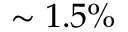
\sim 1 . 5 \%